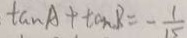
\tan A + \tan B = - \frac { 1 } { 1 5 }